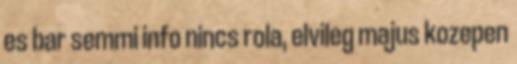
es bar semmi info nincs rola, elvileg majus kozepen